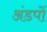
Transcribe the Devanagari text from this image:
अंडपों